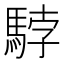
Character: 𩣡